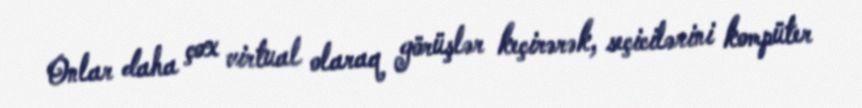
Onlar daha çox virtual olaraq görüşlər keçirərək, seçicilərini kompüter